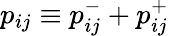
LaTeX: p_{ij}\equiv p_{ij}^{-}+p_{ij}^{+}